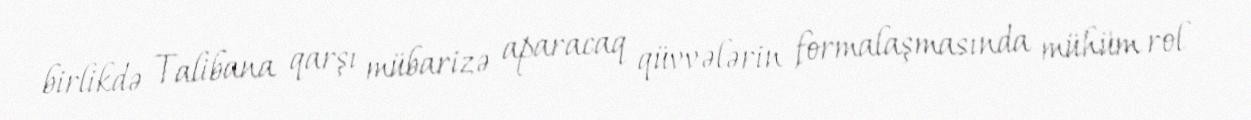
birlikdə Talibana qarşı mübarizə aparacaq qüvvələrin formalaşmasında mühüm rol